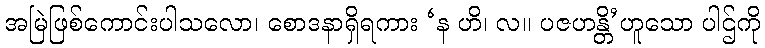
အမြဲဖြစ်ကောင်းပါသလော၊ စောဒနာရှိရကား ‘န ဟိ၊ လ။ ပဇဟန္တိ’ဟူသော ပါဌ်ကို